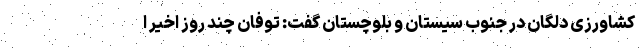
کشاورزی دلگان در جنوب سیستان و بلوچستان گفت: توفان چند روز اخیر ا